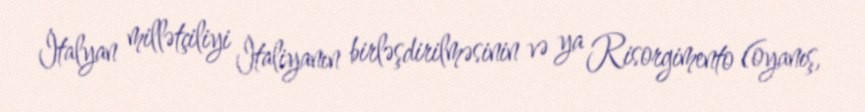
İtalyan millətçiliyi İtaliyanın birləşdirilməsinin və ya Risorgimento (oyanış,